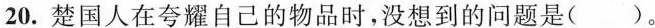
20. 楚国人在夸耀自己的物品时，没想到的问题是( )。